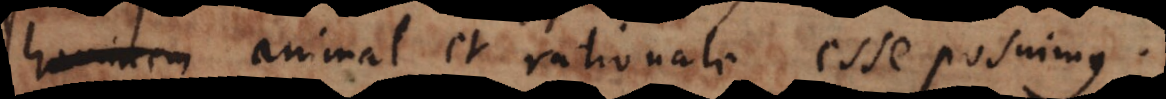
animal et rationale esse posuimus.